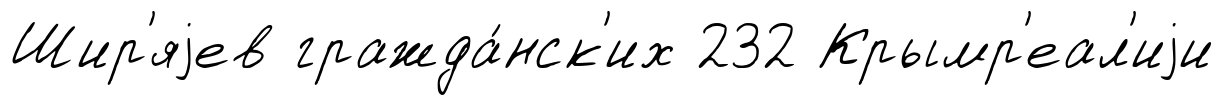
Шир'яjев гражда́нск'их 232 Крымр'еал'иjи